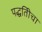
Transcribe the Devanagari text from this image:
पद्धतिीचा